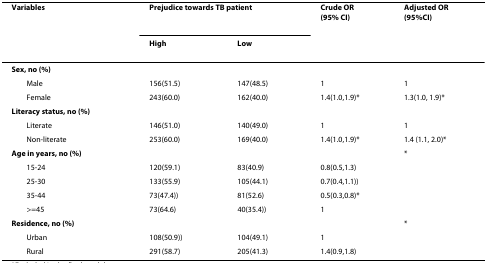
<table><thead><tr><td><b>Variables</b></td><td colspan="2"><b>Prejudice towards TB patient</b></td><td><b>Crude OR(95% CI)</b></td><td><b>Adjusted OR(95%CI)</b></td></tr><tr><td></td><td><b>High</b></td><td><b>Low</b></td><td></td><td></td></tr></thead><tbody><tr><td><b>Sex, no (%)</b></td><td></td><td></td><td></td><td></td></tr><tr><td> Male</td><td>156(51.5)</td><td>147(48.5)</td><td>1</td><td>1</td></tr><tr><td> Female</td><td>243(60.0)</td><td>162(40.0)</td><td>1.4(1.0,1.9)*</td><td>1.3(1.0, 1.9)*</td></tr><tr><td><b>Literacy status, no (%)</b></td><td></td><td></td><td></td><td></td></tr><tr><td> Literate</td><td>146(51.0)</td><td>140(49.0)</td><td>1</td><td>1</td></tr><tr><td> Non-literate</td><td>253(60.0)</td><td>169(40.0)</td><td>1.4(1.0,1.9)*</td><td>1.4 (1.1, 2.0)*</td></tr><tr><td><b>Age in years, no (%)</b></td><td></td><td></td><td></td><td>*</td></tr><tr><td> 15-24</td><td>120(59.1)</td><td>83(40.9)</td><td>0.8(0.5,1.3)</td><td></td></tr><tr><td> 25-30</td><td>133(55.9)</td><td>105(44.1)</td><td>0.7(0.4,1.1))</td><td></td></tr><tr><td> 35-44</td><td>73(47.4))</td><td>81(52.6)</td><td>0.5(0.3,0.8)*</td><td></td></tr><tr><td> &gt;=45</td><td>73(64.6)</td><td>40(35.4))</td><td>1</td><td></td></tr><tr><td><b>Residence, no (%)</b></td><td></td><td></td><td></td><td>*</td></tr><tr><td> Urban</td><td>108(50.9))</td><td>104(49.1)</td><td>1</td><td></td></tr><tr><td> Rural</td><td>291(58.7)</td><td>205(41.3)</td><td>1.4(0.9,1.8)</td><td></td></tr></tbody></table>